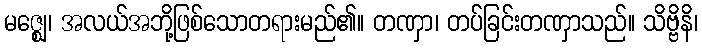
မဇ္ဈေ၊ အလယ်အဘို့ဖြစ်သောတရားမည်၏။ တဏှာ၊ တပ်ခြင်းတဏှာသည်။ သိဗ္ဗိနိ၊